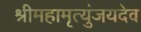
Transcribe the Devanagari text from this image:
श्रीमहामृत्युंजयदेव